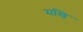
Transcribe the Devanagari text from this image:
मखि